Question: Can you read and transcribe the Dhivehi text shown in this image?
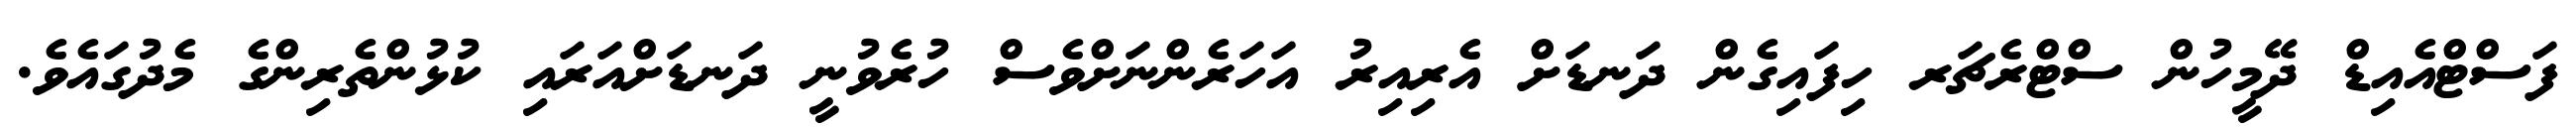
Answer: ފަސްޓްއެއިޑް ދޭމީހުން ސްޓްރެޗަރ ހިފައިގެން ދަނޑަށް އެރިއިރު އަހަރެންނަށްވެސް ހުރެވުނީ ދަނޑަށްއަރައި ކުޅުންތެރިންގެ މެދުގައެވެ.